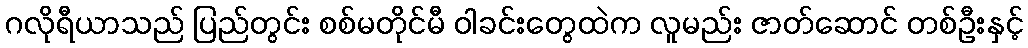
ဂလိုရီယာသည် ပြည်တွင်း စစ်မတိုင်မီ ဝါခင်းတွေထဲက လူမည်း ဇာတ်ဆောင် တစ်ဦးနှင့်